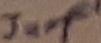
Text: Jumper